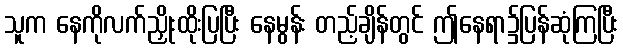
သူက နေကိုလက်ညှိုးထိုးပြပြီး နေမွန်း တည့်ချိန်တွင် ဤနေရာ၌ပြန်ဆုံကြပြီး